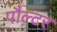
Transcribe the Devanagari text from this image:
पौल्टर